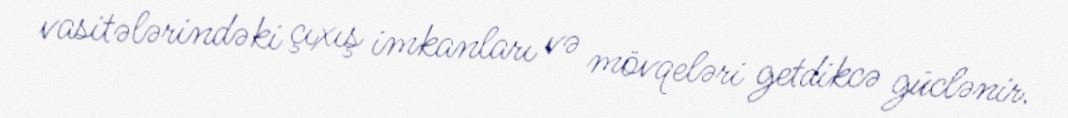
vasitələrindəki çıxış imkanları və mövqeləri getdikcə güclənir.